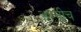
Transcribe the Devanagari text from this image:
अग्नीच